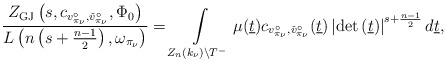
\begin{align*}\frac{Z_{\mathrm{GJ}}\left(s,c_{v_{\pi_{\nu}}^\circ,\check{v}_{\pi_{\nu}}^{\circ}},\Phi_0\right)}{L\left(n\left(s+\frac{n-1}{2}\right),\omega_{\pi_{\nu}}\right)}=\int\limits_{Z_n(k_\nu)\backslash T^-}\mu(\underline{t})c_{v_{\pi_{\nu}}^\circ,\check{v}_{\pi_{\nu}}^{\circ}}(\underline{t})\left|\det \left( \underline{t}\right)\right|^{s+\frac{n-1}{2}}d\underline{t},\end{align*}